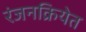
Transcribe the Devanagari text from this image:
रंजनक्रियेत